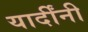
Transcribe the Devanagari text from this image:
यार्दींनी